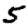
Digit: 5